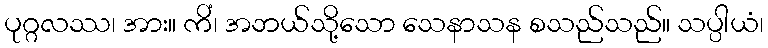
ပုဂ္ဂလဿ၊ အား။ ကိံ၊ အဘယ်သို့သော သေနာသန စသည်သည်။ သပ္ပါယံ၊